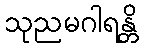
သုညမဂါရန္တိ